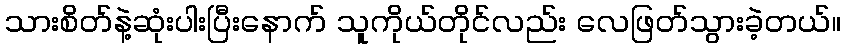
သားစိတ်နဲ့ဆုံးပါးပြီးနောက် သူကိုယ်တိုင်လည်း လေဖြတ်သွားခဲ့တယ်။